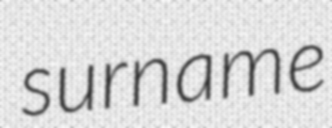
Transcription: surname